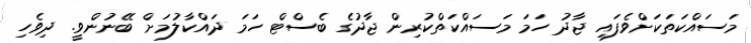
މަސައްކަތަކަށްވެފައި ޖާދު ހަމަ މަސައްކަތްކުރިން ޖާދުގެ ބެސްޓް ހަމަ ދައްކާލުމަށް ބޭނުންވީ. ދިވެހި